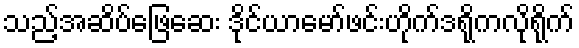
သည့်အဆိပ်ဖြေဆေး ဒိုင်ယာမော်ဖင်းဟိုက်ဒရိုကလိုရိုက်